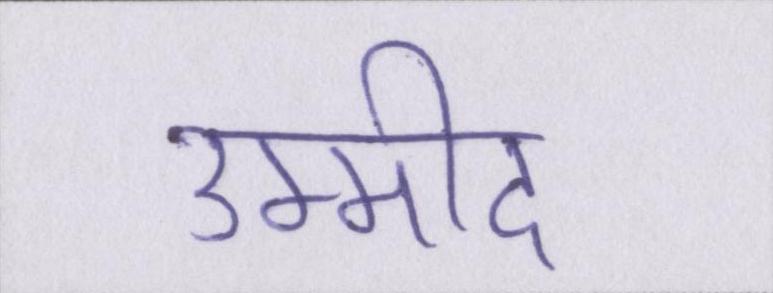
उम्मीद